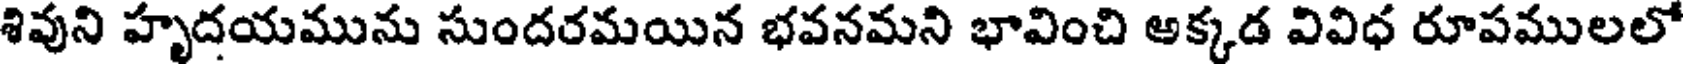
శివుని హృదయమును సుందరమయిన భవనమని భావించి అక్కడ వివిధ రూపములలో